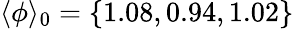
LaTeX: \langle\phi\rangle_{0}=\{ 1.08,0.94,1.02\}